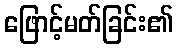
ဖြောင့်မတ်ခြင်း၏